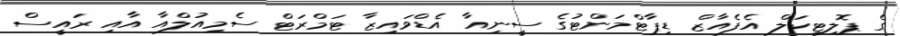
ގެ ޕޮލިޓިކަލް އެފެއާޒް ޑިޕާޓްމަންޓުގެ ސީނިއާ އެޑްވައިޒާ ޓަމްރަޓް ސެމިއުލްއާ އާއި ރައީސް